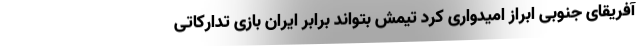
آفریقای جنوبی ابراز امیدواری کرد تیمش بتواند برابر ایران بازی تدارکاتی